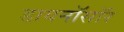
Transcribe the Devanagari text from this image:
डायनॉसॉर